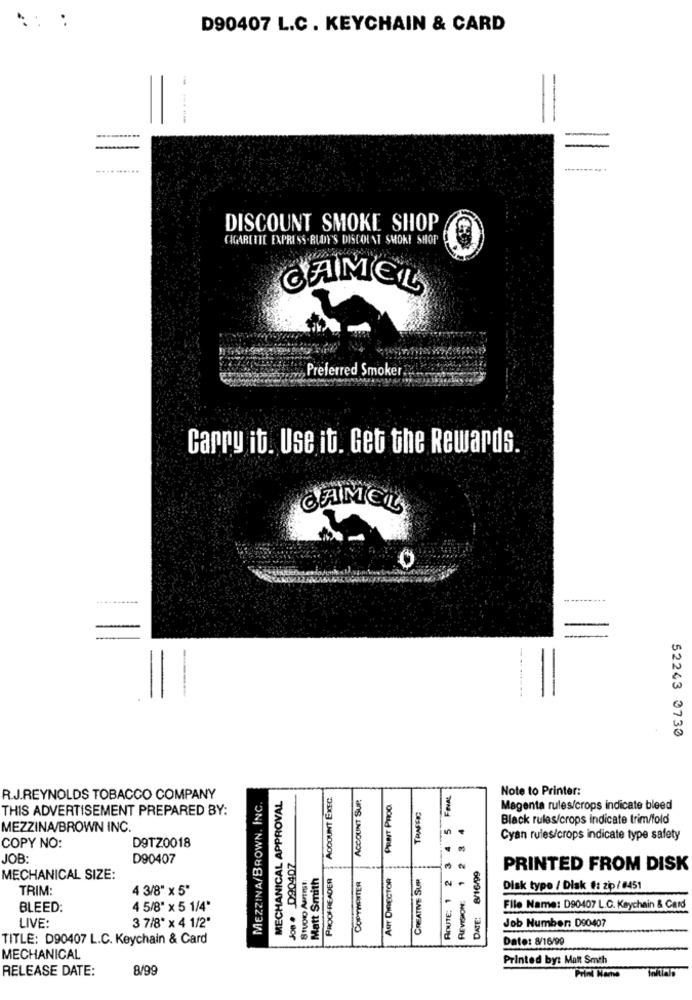
:: :
D90407 L.C. KEYCHAIN & CARD
-----
.... ......
DISCOUNT SMOKE SHOP
CIGARETTE EXPRESS.RUDY'S DISCOUNT SMOKE SHOP
CAMEL
Preferred Smoker.
Cappy it. Use it. Get the Rewards.
CAMEL
-
52243 3733
ACCOUNT EXEC.
ACCOUNT SUP.
Note to Printer:
R.J.REYNOLDS TOBACCO COMPANY
MEZZINA/BROWN, INC.
MECHANICAL APPROVAL
PRINT PROO.
THIS ADVERTISEMENT PREPARED BY:
TRAFFIC
Magenta rules/crops indicate bleed
4
Black rules/crops Indicate trim/fold
MEZZINA/BROWN INC.
D9TZ0018
Cyan rules/crops indicate type safety
COPY NO:
JOB:
D90407
Joe . D9040Z
ROUTE: 1 2
Studio Autist:
Matt Smith
PROOF-READER
Aur DIRECTOR
CREATIVE SUR
DATE: 8/16/99
PRINTED FROM DISK
MECHANICAL SIZE:
COPYWRITER
TRIM:
4 3/8" x 5"
REVISION:
Disk type / Disk #: zip/ 8451
BLEED:
4 5/8" x 5 1/4"
File Name: D90407 L.C. Keychain & Card
Job Number: D90407
LIVE:
3 7/8" × 4 1/2"
TITLE: D90407 L.C. Keychain & Card
Date: 8/16/99
MECHANICAL
Printed by: Matt Smth
RELEASE DATE:
8/99
Prini Name
Initials